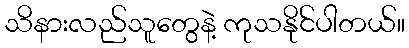
သိနားလည်သူတွေနဲ့ ကုသနိုင်ပါတယ်။